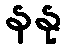
နနု